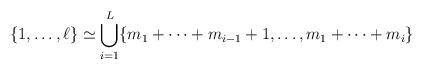
LaTeX: \begin{align*}\{ 1, \ldots, \ell\} \simeq \bigcup_{i=1}^L \{m_1+\cdots + m_{i-1}+1, \ldots, m_1+ \cdots+ m_i\} \end{align*}